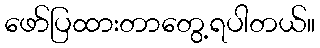
ဖော်ပြထားတာတွေ့ရပါတယ်။